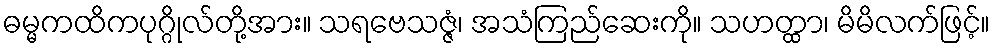
ဓမ္မကထိကပုဂ္ဂိုလ်တို့အား။ သရဗေသဇ္ဇံ၊ အသံကြည်ဆေးကို။ သဟတ္ထာ၊ မိမိလက်ဖြင့်။